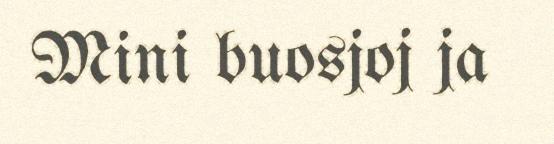
Mini buosjoj ja